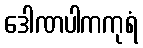
ဒေါဏပါကကုရံ